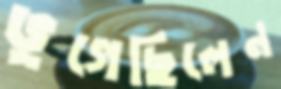
ভুগেছিলেন